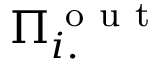
\Pi _ { i . } ^ { \mathrm { ~ o ~ u ~ t ~ } }